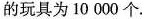
的玩具为10000个。